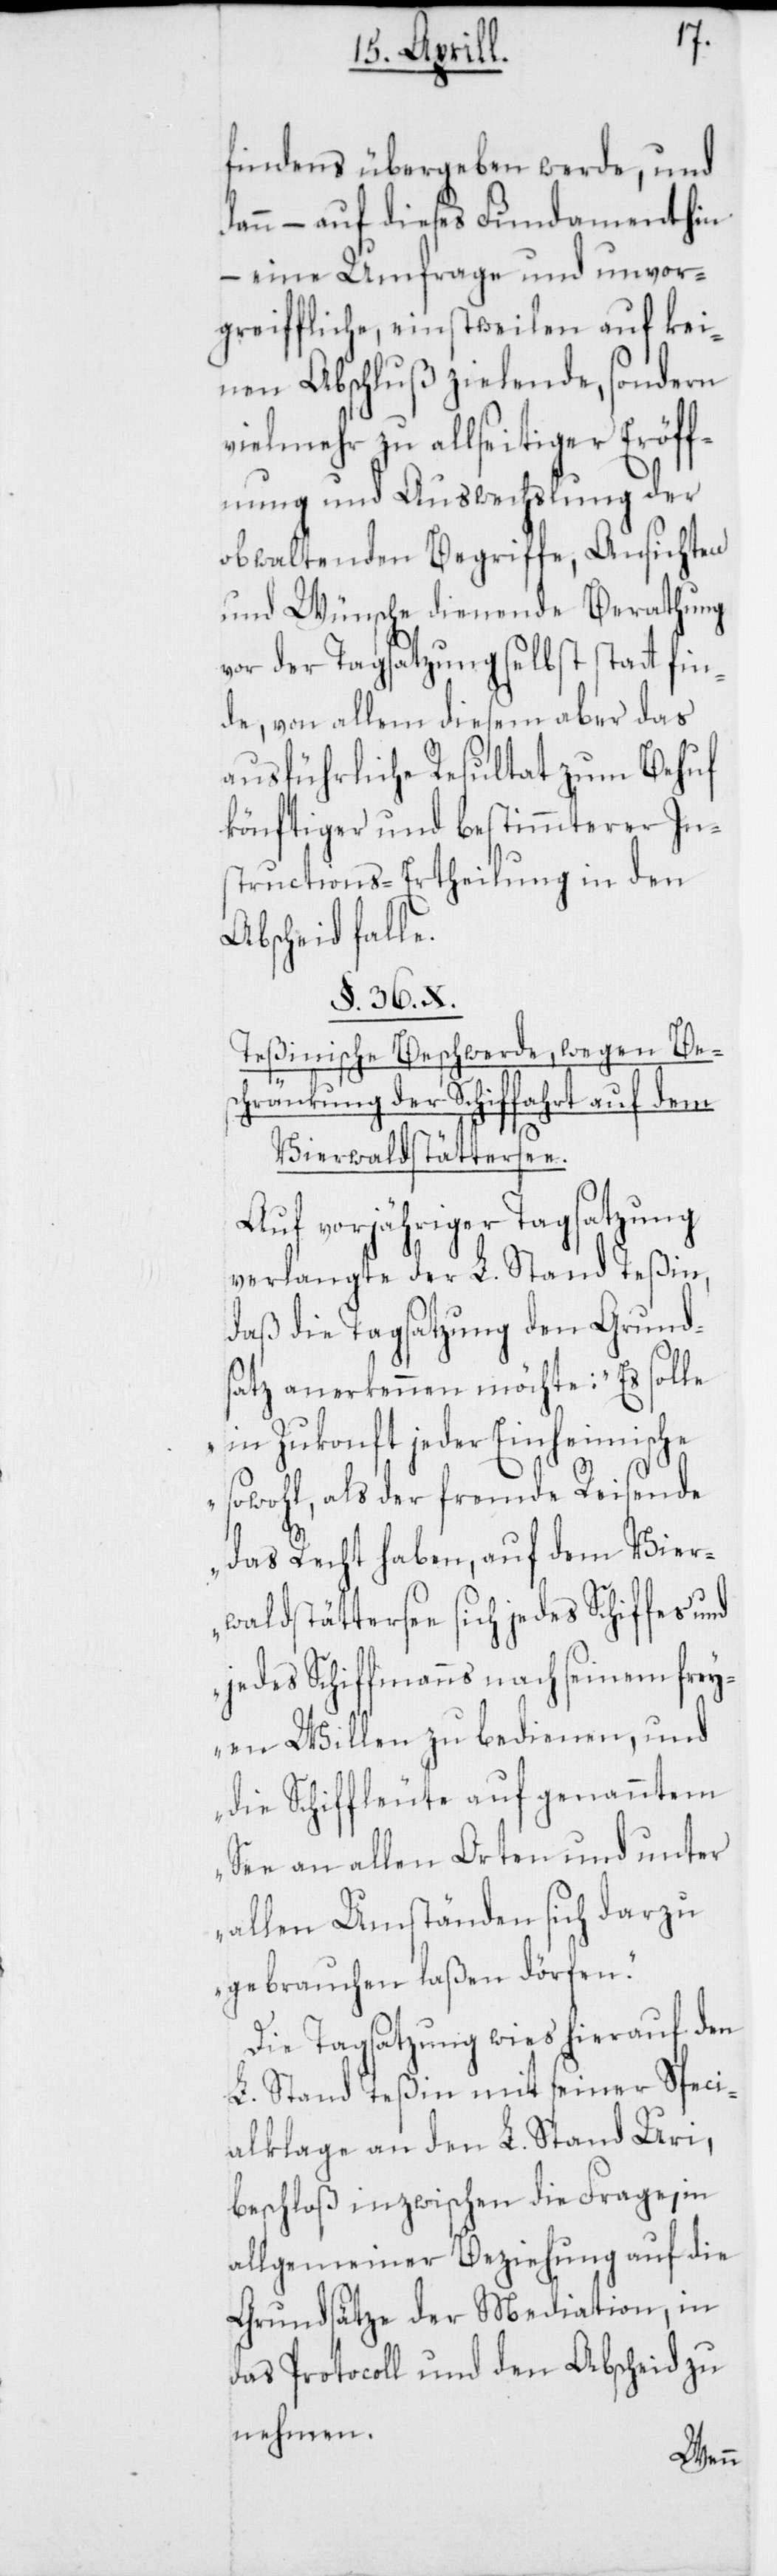
findens übergeben werde, und
dann – auf dieses Fundament hin
– eine Umfrage und unvor¬
greiffliche, einstweilen auf kei¬
nen Abschluß zielende, sondern
vielmehr zu allseitiger Eröff¬
nung und Auswechslung der
obwaltenden Begriffe, Ansichten
und Wünsche dienende Berathung
vor der Tagsatzung selbst statt fin¬
de, von allem diesem aber das
ausführliche Resultat zum Behuf
könftiger und bestimmterer In¬
structions-Ertheilung in den
Abscheid falle.
§ 36 X.
Teßinische Beschwerde, wegen Be¬
schränkung der Schiffahrt auf dem
Vierwaldstättersee.
Auf vorjähriger Tagsatzung
verlangte der L. Stand Teßin,
daß die Tagsatzung den Grunds¬
atz anerkennen möchte: „Es solle
in Zukonft jeder Einheimische
sowohl, als der fremde Reisende
das Recht haben, auf dem Vier¬
waldstättersee sich jedes Schiffes und
jedes Schiffmanns nach seinem frey¬
en Willen zu bedienen, und
die Schiffleute auf genanntem
See an allen Orten und unter
allen Umständen sich darzu
gebrauchen laßen dörfen.“
Die Tagsatzung wies hierauf den
L. Stand Teßin mit seiner Speci¬
alklage an den L. Stand Uri,
beschloß inzwischen die Frage, in
allgemeiner Beziehung auf die
Grundsätze der Mediation, in
das Protocoll und den Abscheid zu
nehmen.